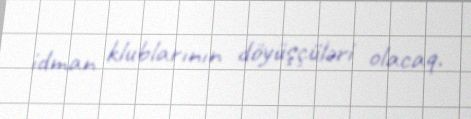
idman klublarının döyüşçüləri olacaq.